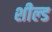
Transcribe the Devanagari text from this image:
शील्‍ड